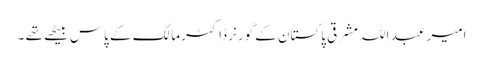
امیر عبد اللہ مشرقی پاکستان کے گورنر ڈاکٹر مالک کے پاس بیٹھے تھے ۔